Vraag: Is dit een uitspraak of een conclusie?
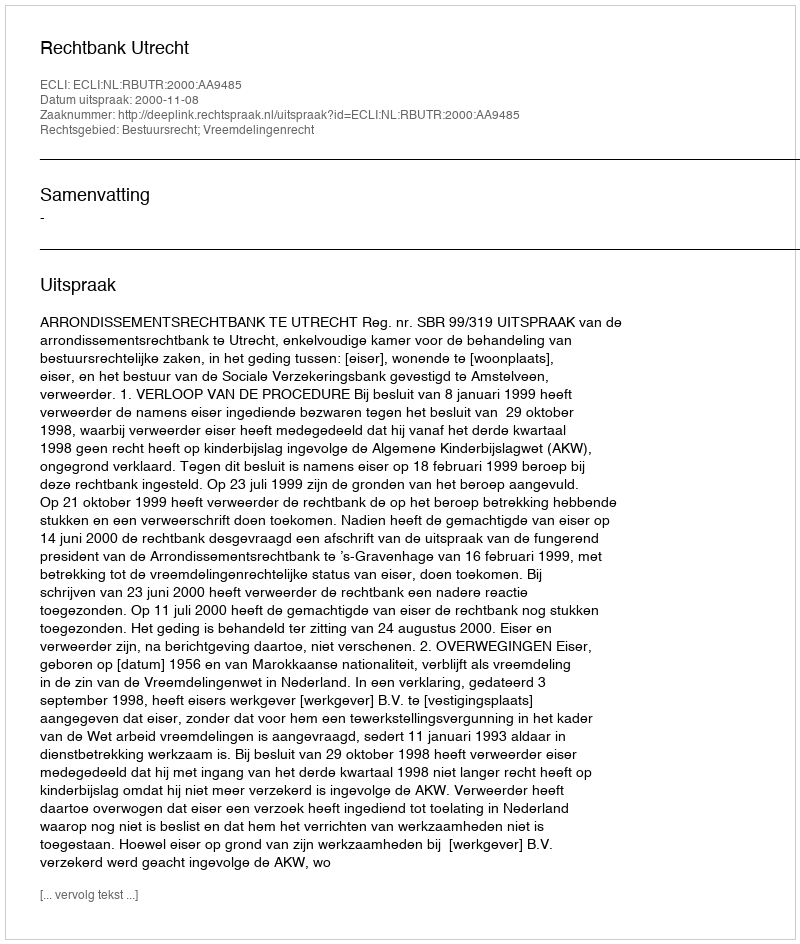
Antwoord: Uitspraak